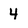
Character: 4